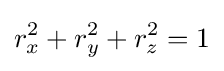
r_{x}^{2}+r_{y}^{2}+r_{z}^{2}=1